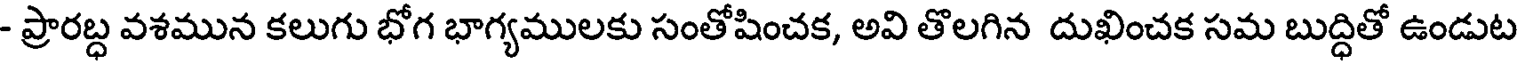
- ప్రారబ్ద వశమున కలుగు భోగ భాగ్యములకు సంతోషించక, అవి తొలగిన దుఖించక సమ బుద్ధితో ఉండుట